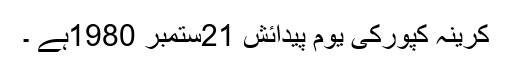
کرینہ کپورکی یوم پیدائش 21ستمبر 1980ہے ۔